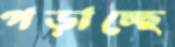
পড়াচ্ছে